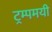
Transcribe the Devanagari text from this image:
ट्रम्पमयी